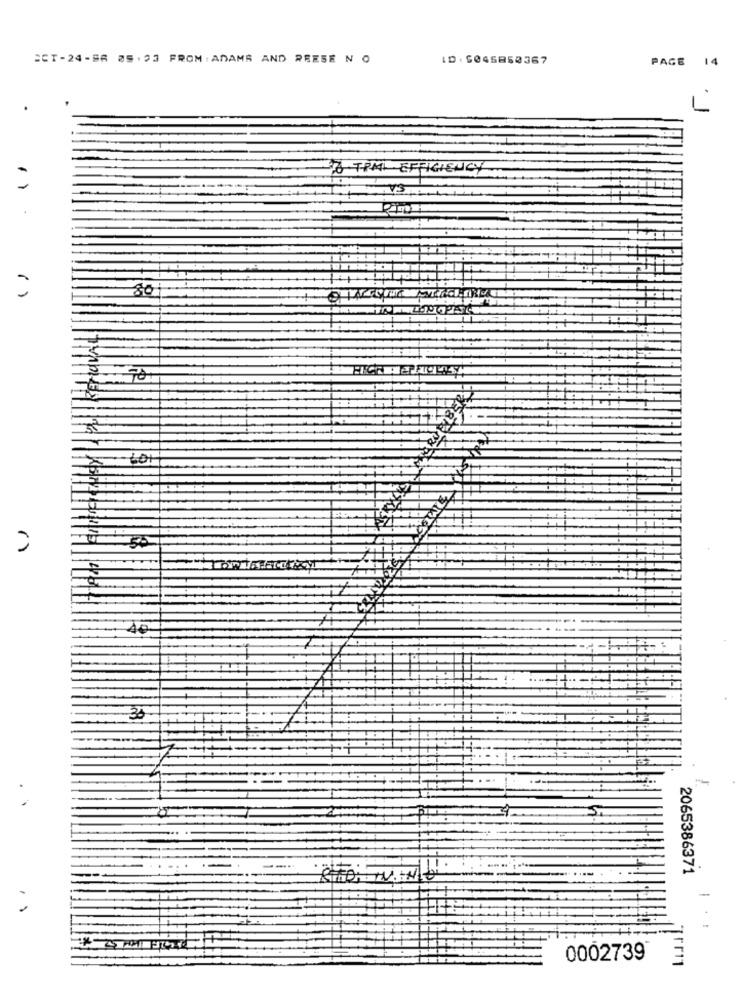
SCT-24-S6 05. 33 FROM' ADAMS AND REESE N O
ID. 5045858367
PAGE 14
L
IS TRAIL EFFICIENCY
11
80
10
425
30
2065386371
0002739
rr11